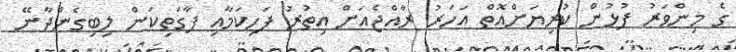
ގެ މިންވަރު ފުޅުން ކުރިޔަށްއޮތް އަހަރު ރާއްޖެއަށް އިތުރު ފަހިކަމާއި ފާގަތިކަން ލިބިގެންދާނޭ